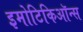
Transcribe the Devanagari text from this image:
इमोटिकिऑन्स